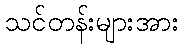
သင်တန်းများအား